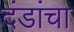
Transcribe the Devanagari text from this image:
दंडांचा